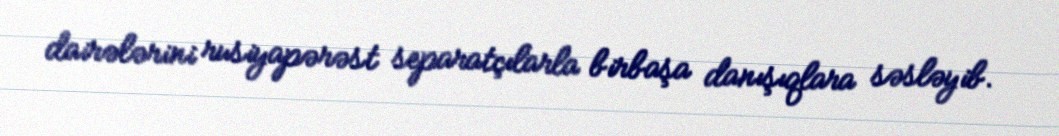
dairələrini rusiyapərəst separatçılarla birbaşa danışıqlara səsləyib.